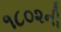
૧૮૦૨ની